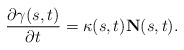
\begin{align*}\frac{\partial \gamma(s,t)}{\partial t}=\kappa(s,t) \mathbf{N}(s,t).\end{align*}